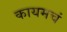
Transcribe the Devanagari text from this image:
कायमचं